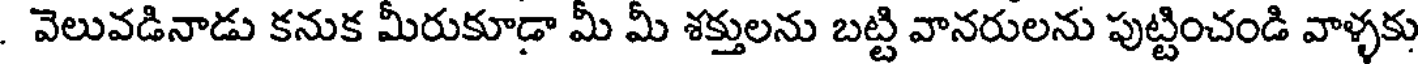
. వెలువడినాడు కనుక మీరుకూడా మీ మీ శక్తులను బట్టి వానరులను పుట్టించండి వాళ్ళకు